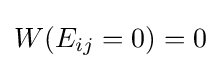
W(E_{ij}=0)=0